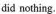
did nothing.